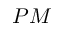
P M